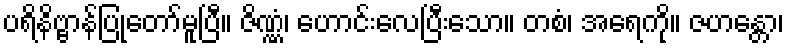
ပရိနိဗ္ဗာန်ပြုတော်မူပြီ။ ဇိဏ္ဏံ၊ ဟောင်းလေပြီးသော။ တစံ၊ အရေကို။ ဇဟန္တော၊